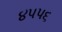
૪૫૫૬